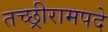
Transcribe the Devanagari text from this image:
तच्छ्रीरामपदे